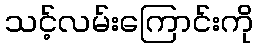
သင့်လမ်းကြောင်းကို